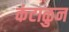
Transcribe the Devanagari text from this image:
कंटाळुन